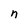
Character: n